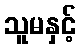
သူမနှင့်